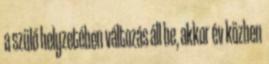
a szülő helyzetében változás áll be, akkor év közben